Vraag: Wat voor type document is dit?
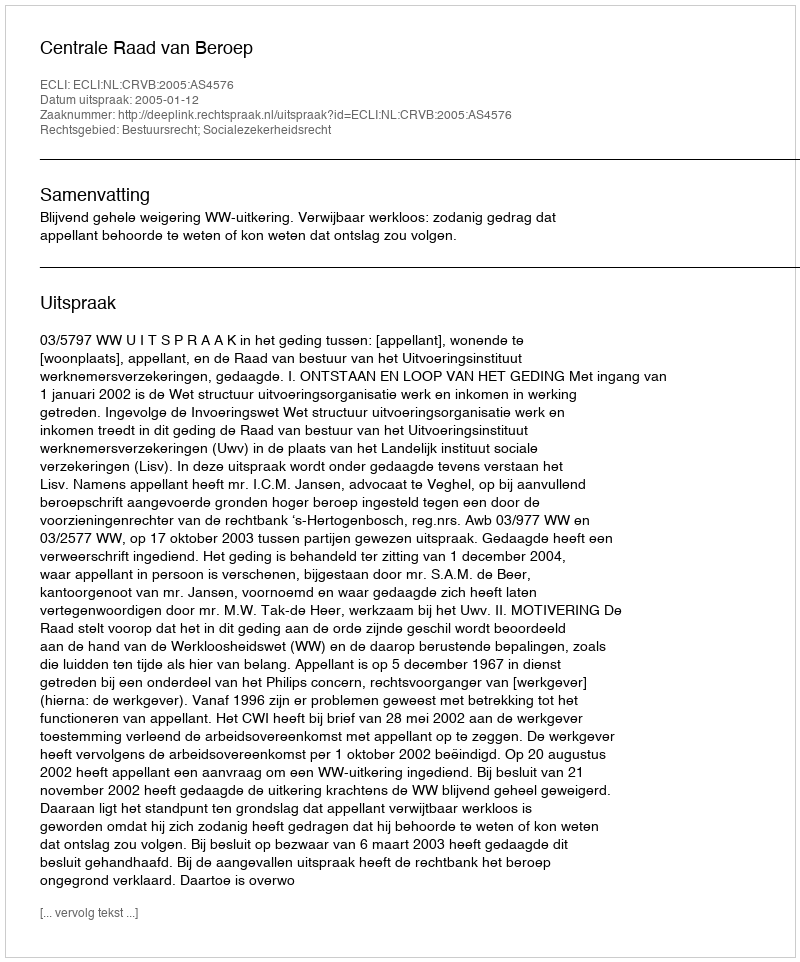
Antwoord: Uitspraak